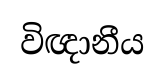
විඥානීය